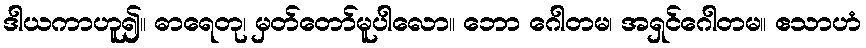
ဒါယကာဟူ၍။ ဓာရေတု၊ မှတ်တော်မူပါလော။ ဘော ဂေါတမ၊ အရှင်ဂေါတမ။ ဧသာဟံ